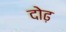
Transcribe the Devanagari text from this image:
दोढ़